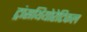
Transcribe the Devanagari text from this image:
ट्रांसथियोरेटिकल